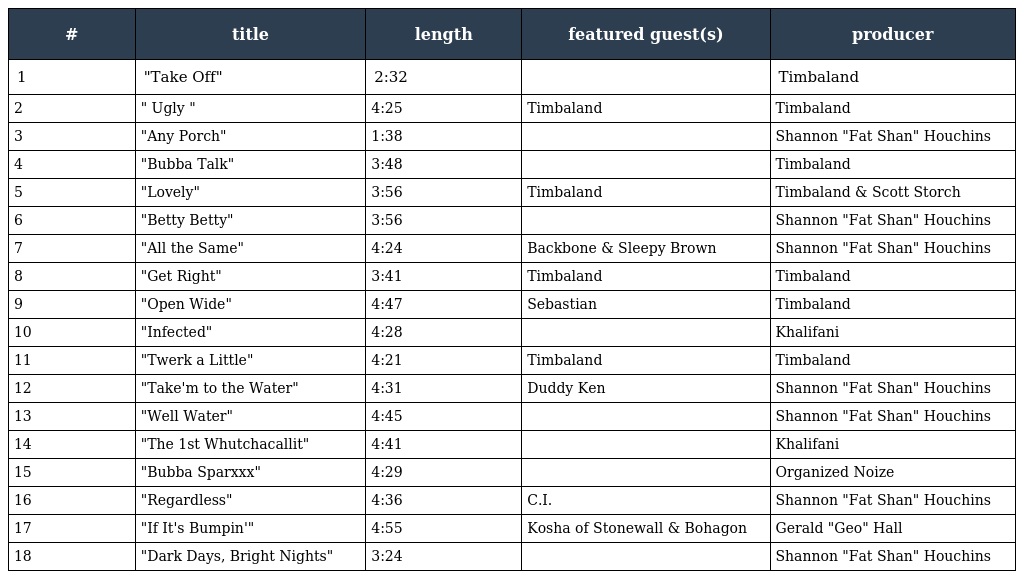
| # | title | length | featured guest(s) | producer |
 | --- | --- | --- | --- | --- |
 | 1 | "Take Off" | 2:32 |  | Timbaland |
 | 2 | " Ugly " | 4:25 | Timbaland | Timbaland |
 | 3 | "Any Porch" | 1:38 |  | Shannon "Fat Shan" Houchins |
 | 4 | "Bubba Talk" | 3:48 |  | Timbaland |
 | 5 | "Lovely" | 3:56 | Timbaland | Timbaland & Scott Storch |
 | 6 | "Betty Betty" | 3:56 |  | Shannon "Fat Shan" Houchins |
 | 7 | "All the Same" | 4:24 | Backbone & Sleepy Brown | Shannon "Fat Shan" Houchins |
 | 8 | "Get Right" | 3:41 | Timbaland | Timbaland |
 | 9 | "Open Wide" | 4:47 | Sebastian | Timbaland |
 | 10 | "Infected" | 4:28 |  | Khalifani |
 | 11 | "Twerk a Little" | 4:21 | Timbaland | Timbaland |
 | 12 | "Take'm to the Water" | 4:31 | Duddy Ken | Shannon "Fat Shan" Houchins |
 | 13 | "Well Water" | 4:45 |  | Shannon "Fat Shan" Houchins |
 | 14 | "The 1st Whutchacallit" | 4:41 |  | Khalifani |
 | 15 | "Bubba Sparxxx" | 4:29 |  | Organized Noize |
 | 16 | "Regardless" | 4:36 | C.I. | Shannon "Fat Shan" Houchins |
 | 17 | "If It's Bumpin'" | 4:55 | Kosha of Stonewall & Bohagon | Gerald "Geo" Hall |
 | 18 | "Dark Days, Bright Nights" | 3:24 |  | Shannon "Fat Shan" Houchins |